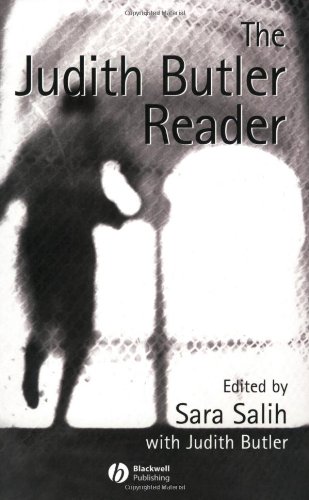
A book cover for The Judith Butler Reader; Gay & Lesbian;